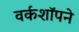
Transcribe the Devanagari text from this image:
वर्कशॉपने